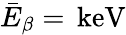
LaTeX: \bar{E}_{\beta}=\, \mathrm{keV}